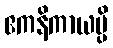
ဧကနိကာယမ္ပိ